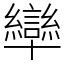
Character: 卛